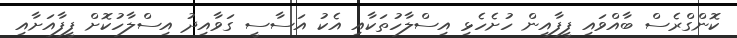
ކޮންގްރެސް ބާއްވައި ފީފާއިން ހުށެހެޅި އިސްލާހުތަކާއި އެކު އަސާސީ ގަވާއިދު އިސްލާހުކޮށް ފީފާއަށާއި